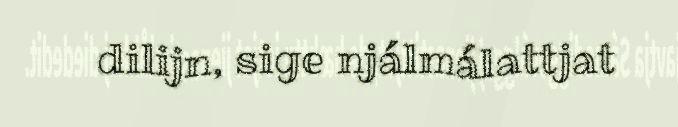
dilijn, sige njálmálattjat